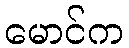
မောင်က